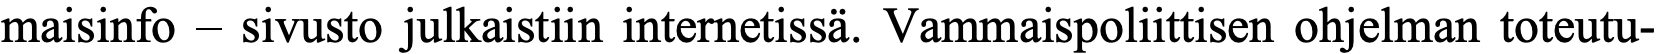
maisinfo – sivusto julkaistiin internetissä. Vammaispoliittisen ohjelman toteutu-